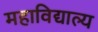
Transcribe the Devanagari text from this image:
महाविद्याल्य